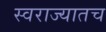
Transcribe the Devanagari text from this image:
स्वराज्यातच